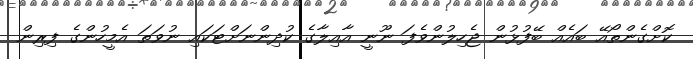
ކޮށްގެންތޯއޭ ބައެއް ބޭފުޅުން ޖެހިލުންވެފަ ނޫނީ އާއިލާގެ ކުދިންނަށްޓަކައި ނުވަތަ އެމީހުންގެ ފިރިން